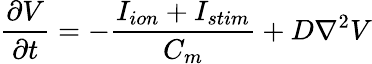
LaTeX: \frac{\partial V}{\partial t}=-\frac{I_{ion}+I_{stim}}{C_{m}}+D\nabla^{2}V